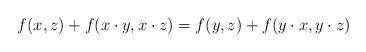
LaTeX: \begin{align*}f(x,z)+f(x\cdot y,x\cdot z)=f(y,z)+f(y\cdot x,y\cdot z)\end{align*}